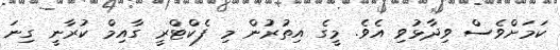
ކަމަށްވެސް ވިދާޅުވި އެވެ. މީގެ އިތުރުން މި ފެކްޓްރީ ގާއިމް ކުރާނީ ގިނަ